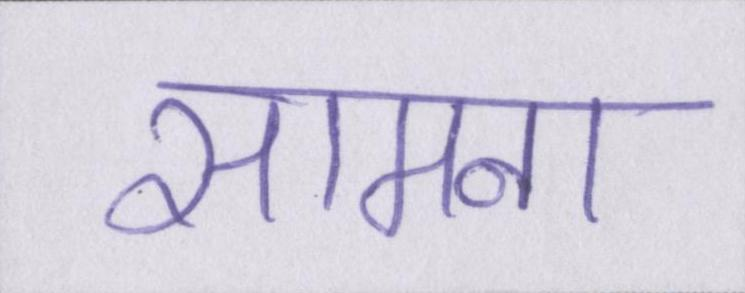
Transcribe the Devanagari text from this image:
सामना